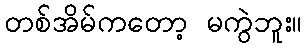
တစ်အိမ်ကတော့ မကွဲဘူး။